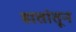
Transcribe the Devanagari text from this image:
हातांतून